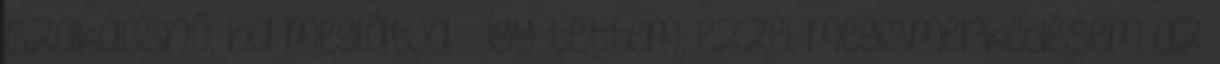
szakácsnő, ha meglátja ” Így tettem, ezzel megismerkedésem az